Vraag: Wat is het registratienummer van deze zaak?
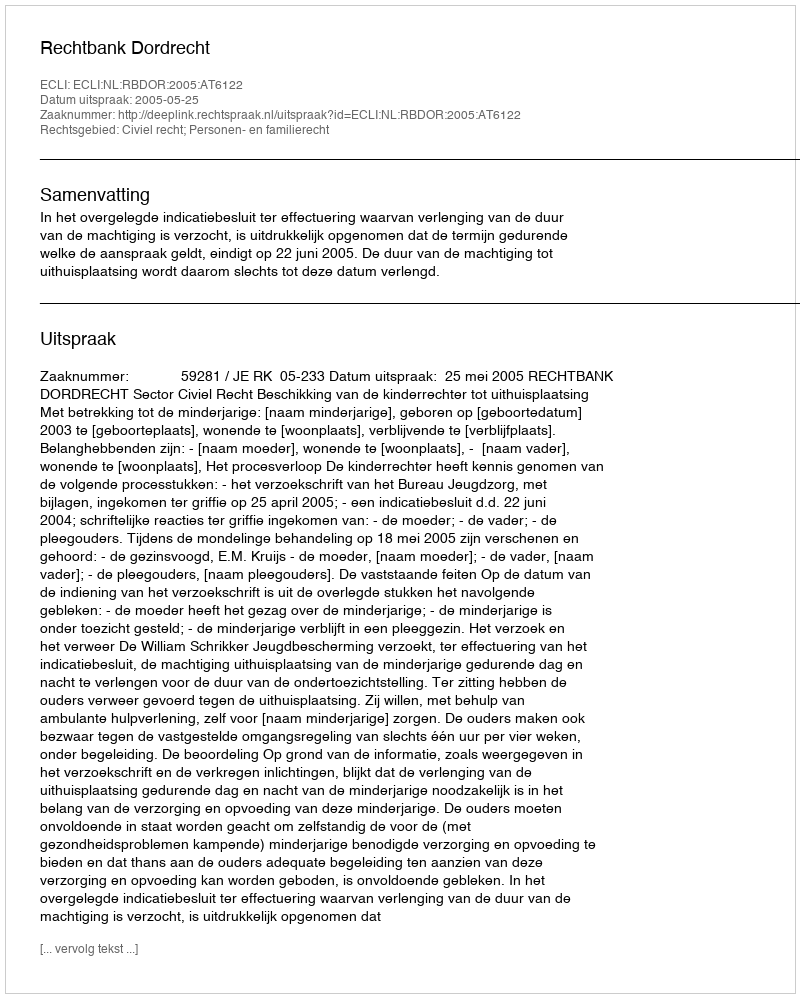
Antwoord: http://deeplink.rechtspraak.nl/uitspraak?id=ECLI:NL:RBDOR:2005:AT6122